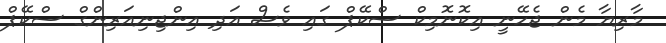
މާރިޔާ މެން ޖެހޭނީ އިކޮނޮމިކް ސްކޭޕް ގައި ވެސް އަދި އިންޖިނިއަރިންގް ސްކޭޕް